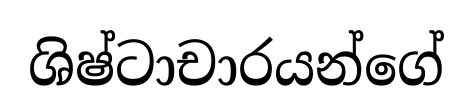
ශිෂ්ටාචාරයන්ගේ